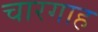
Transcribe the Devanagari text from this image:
चारगाह